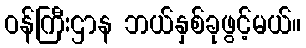
ဝန်ကြီးဌာန ဘယ်နှစ်ခုဖွင့်မယ်။